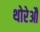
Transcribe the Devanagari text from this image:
थोरेऔ